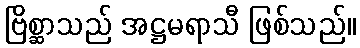
ဗြိစ္ဆာသည် အဋ္ဌမရာသီ ဖြစ်သည်။